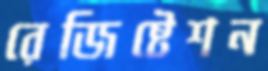
রেজিষ্টেশন